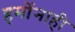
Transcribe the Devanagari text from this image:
हमोंनाही